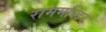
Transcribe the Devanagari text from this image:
राममन्दिर